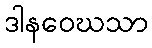
ဒါနဝေဃသာ